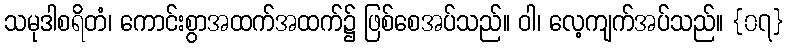
သမုဒါစရိတံ၊ ကောင်းစွာအထက်အထက်၌ ဖြစ်စေအပ်သည်။ ဝါ၊ လေ့ကျက်အပ်သည်။ {၀၇}